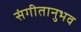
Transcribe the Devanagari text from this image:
संगीतानुभव